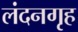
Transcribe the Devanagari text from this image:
लंदनगृह